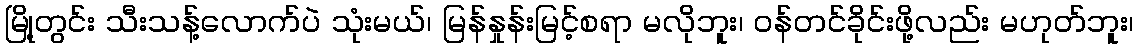
မြို့တွင်း သီးသန့်လောက်ပဲ သုံးမယ်၊ မြန်နှုန်းမြင့်စရာ မလိုဘူး၊ ဝန်တင်ခိုင်းဖို့လည်း မဟုတ်ဘူး၊